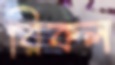
রিকল